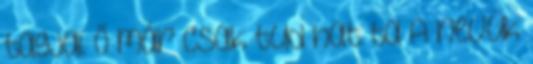
tagjai. Ő már csak tud­ hat ta A nevük